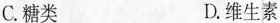
C.糖类D.维生素